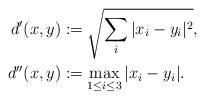
LaTeX: \begin{align*} d'(x, y) & := \sqrt{\sum_{i}|x_{i}- y_{i}|^{2}},\\d''(x, y) & := \max_{1\leq i \leq 3}|x_{i}- y_{i}|.\end{align*}